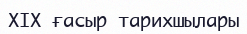
XIX ғасыр тарихшылары